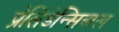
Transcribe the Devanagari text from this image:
प्रेसिडेन्सिअल